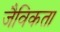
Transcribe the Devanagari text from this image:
जैविकता